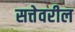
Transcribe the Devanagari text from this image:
सत्तेवरील